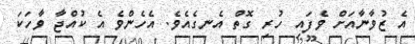
އެ ޒުވާނާއަށް ވެފައި ހުރި ގޮތް އެނގެއެވެ. އެހެންވެ އެ ކުއްޖާ ވާހަކަ